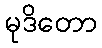
မုဒိတော